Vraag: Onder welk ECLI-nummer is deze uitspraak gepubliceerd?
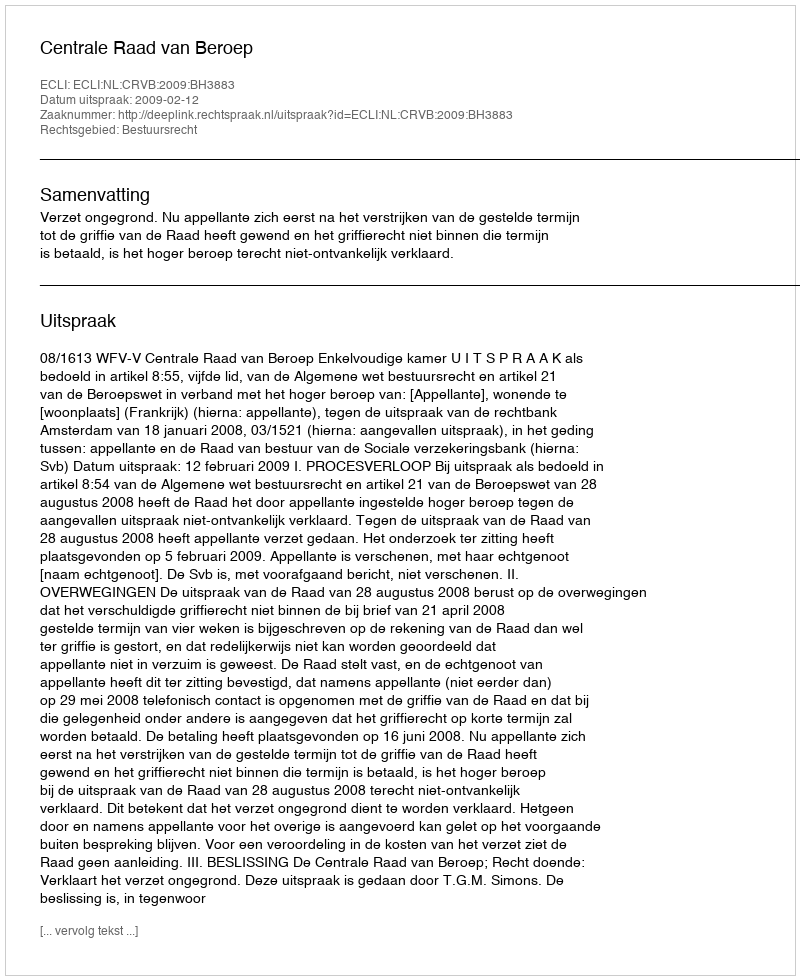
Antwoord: ECLI:NL:CRVB:2009:BH3883